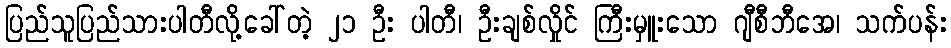
ပြည်သူပြည်သားပါတီလို့ခေါ်တဲ့ ၂၁ ဦး ပါတီ၊ ဦးချစ်လှိုင် ကြီးမှူးသော ဂျီစီဘီအေ၊ သက်ပန်း